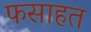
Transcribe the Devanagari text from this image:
फसाहत